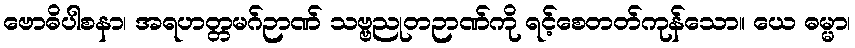
ဗောဓိပါစနာ၊ အရဟတ္တမဂ်ဉာဏ် သဗ္ဗညုတဉာဏ်ကို ရင့်စေတတ်ကုန်သော။ ယေ ဓမ္မာ၊